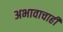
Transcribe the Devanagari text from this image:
अभावाचाही